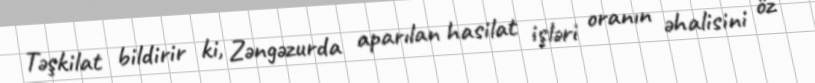
Təşkilat bildirir ki, Zəngəzurda aparılan hasilat işləri oranın əhalisini öz